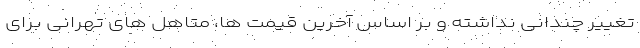
تغییر چندانی نداشته و بر اساس آخرین قیمت ها، متاهل های تهرانی برای